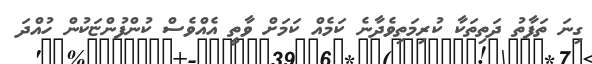
ގިނަ ތަފާތު ދަތިތަކާ ކުރިމަތިވެދާނެ ކަމެއް ކަމަށް ވާތީ އެއްވެސް ކުންފުންޏަކުން ހުއްދަ